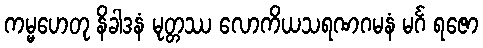
ကမ္မဟေတု နိခါဒနံ မုတ္တဿ လောကိယသရဏဂမနံ မင်္ဂ ရဇော